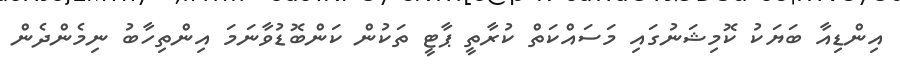
އިންޑިއާ ބަޔަކު ކޮމިޝަނުގައި މަސައްކަތް ކުރާތީ ޕާޓީ ތަކުން ކަންބޮޑުވާނަމަ އިންތިހާބު ނިމެންދެން